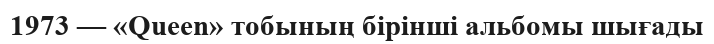
1973 — «Queen» тобының бiрiншi альбомы шығады